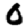
Digit: 0